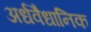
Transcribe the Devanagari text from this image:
अर्धवैधानिक